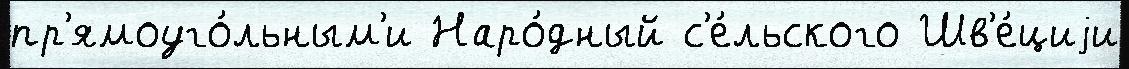
пр'ямоуго́льным'и Наро́дный с'е́льского Шв'е́циjи